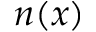
n ( x )